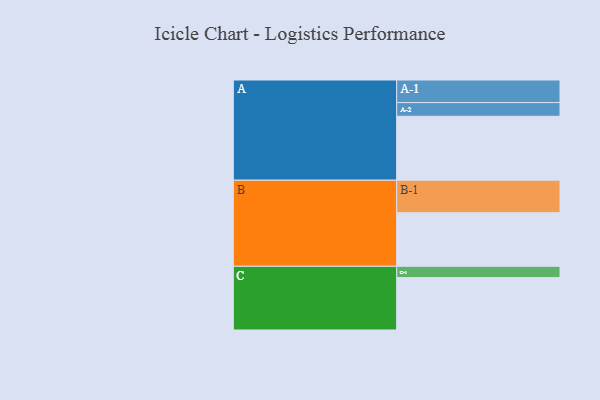
{"axis": {"x": "Segment", "y": "Value"}, "legend": ["", "A", "B", "C"], "data": [{"x": "A", "y": 555, "type": ""}, {"x": "B", "y": 465, "type": ""}, {"x": "C", "y": 455, "type": ""}, {"x": "A-1", "y": 196, "type": "A"}, {"x": "A-2", "y": 119, "type": "A"}, {"x": "B-1", "y": 282, "type": "B"}, {"x": "C-1", "y": 98, "type": "C"}]}